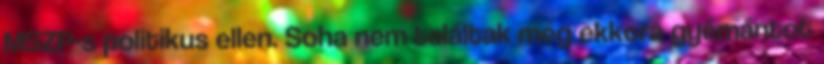
MSZP-s politikus ellen. Soha nem találtak még ekkora gyémántot